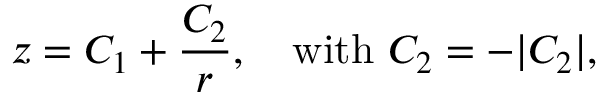
z = C _ { 1 } + \frac { C _ { 2 } } { r } , \ \ \ \mathrm { w i t h } \ C _ { 2 } = - \vert C _ { 2 } \vert ,